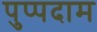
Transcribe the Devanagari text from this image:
पुप्पदाम